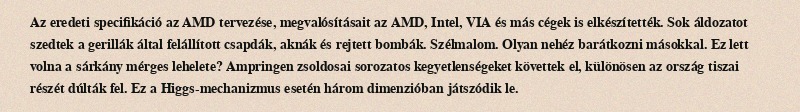
Az eredeti specifikáció az AMD tervezése, megvalósításait az AMD, Intel, VIA és más cégek is elkészítették. Sok áldozatot szedtek a gerillák által felállított csapdák, aknák és rejtett bombák. Szélmalom. Olyan nehéz barátkozni másokkal. Ez lett volna a sárkány mérges lehelete? Ampringen zsoldosai sorozatos kegyetlenségeket követtek el, különösen az ország tiszai részét dúlták fel. Ez a Higgs-mechanizmus esetén három dimenzióban játszódik le.